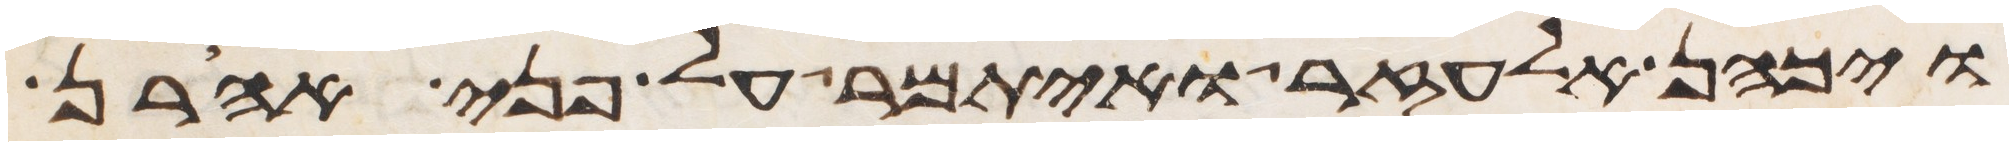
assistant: ויכהן אלעזר ואיתמר על פני אהרן